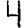
Digit: 4